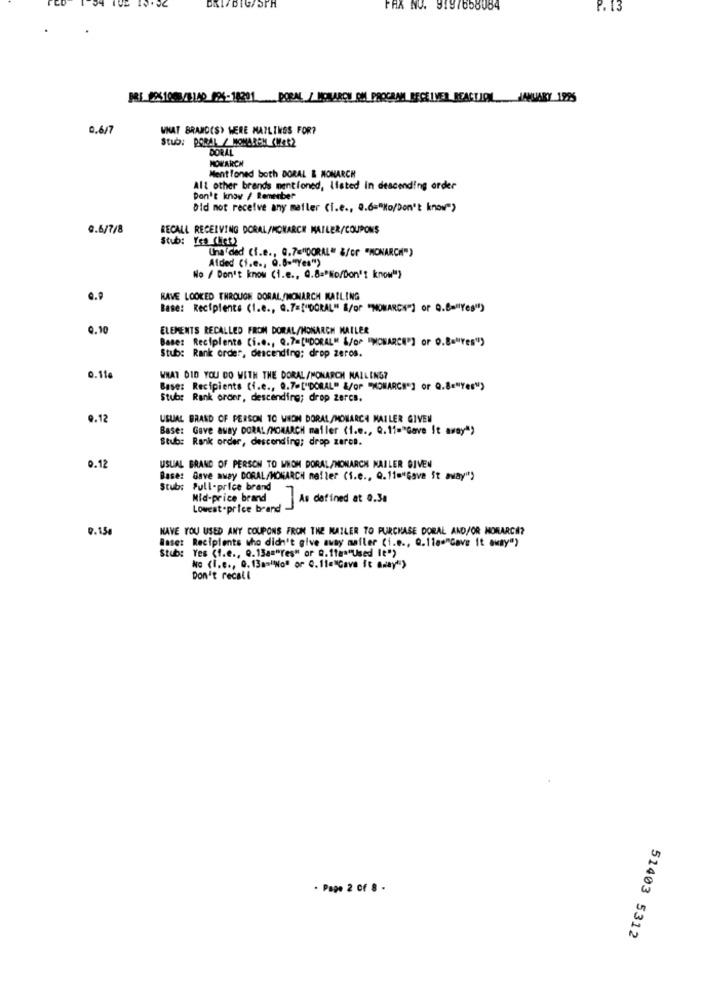
PAX NO. 9197658084
P. 13
PRE_8951003/6140 996-18201 PORAL / MONARCH OM PROGRAM RECEIVER REACTIONL_JANUARY 1225
0.6/7
WHAT BRANDCS) WERE MAILINGS FOR?
Stub: PORAL / HOMAREM (W452
DORAL
HOWARCH
Ment Toned both DORAL & MONARCH
Alt other brands mentioned, listed in descending order
Don't know / Remember
Did not receive any mafler (i.e ., Q.6="No/Don't know">
0.6/7/8
RECALL RECEIVING DORAL/MONARCH MAILER/COUPONS
Stub: Yes (list)
Unaided (i.e ., 0.7="DORAL" &/or "MONARCH")
Afded (i.e ., Q.8-"Yes")
No / Don't know (i.e ., Q.8="No/Don't know"}
RAVE LOOKED THROUGH DORAL/MONARCH MAILING
Base: Recipients (1.e ., Q.7=["DORAL" &/or "NOMARCH"] or Q.B="Yes")
0.10
ELEMENTS RECALLED FROM DORAL/MONARCH MAILER
Base: Recipiente (i.e ., Q.7=["DORAL" &/OP "MONARCH"] or O.Ba"Yes")
Stub: Rank order, descending; drop zeros.
0.11a
WHAT DID YOU DO WITH THE DORAL /MONARCH MAILING?
Base: Recipients (i.e ., 9.7.["DORAL" &/OP "MONARCH"] or Q.8="Yes")
Stubs Rank order, descending; drop Zercs.
9.12
USUAL BRAND OF PERSON TO WHOM DORAL/MONARCA MAILER GIVEN
Base: Gave away DORAL /MONARCH mailer (i.e ., Q.11="Gave It away")
Stub: Rank order, descending; drop zarce.
0.12
USUAL BRAND OF PERSON TO WHOM DORAL/MONARCH NAILER GIVEN
Base: Gave away DORAL/MONARCH meller (1.e ., Q.11="Gave it away")
Stub: Pull-price brand
Mid-price brand
As defined at 0.34
Lowest price brand
9.15€
HAVE YOU USED ANY COUPONS FROM THE MAILER TO PURCHASE DORAL AND/OR MONARCH?
Raset Recipients who didn't give away mailer (i.e ., Q.110+"Gave It away")
Stub: Yes (f.e ., Q.13a="Yes" or @.1ta""Used It">
No (I.e ., Q. 13am"No" or C.11="Gave it away")
Don't recall
. Page 2 of 8 -
51403 5312